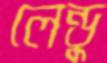
লেন্ডু